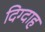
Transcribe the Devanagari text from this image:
दिग्दाह